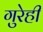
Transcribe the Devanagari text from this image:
गुरेही